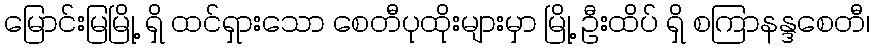
မြောင်းမြမြို့ ရှိ ထင်ရှားသော စေတီပုထိုးများမှာ မြို့ ဦးထိပ် ရှိ စကြာနန္ဒစေတီ၊